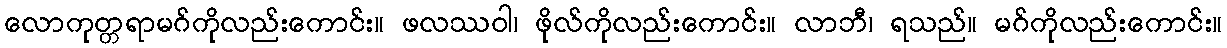
လောကုတ္တရာမဂ်ကိုလည်းကောင်း။ ဖလဿဝါ၊ ဖိုလ်ကိုလည်းကောင်း။ လာဘီ၊ ရသည်။ မဂ်ကိုလည်းကောင်း။